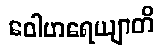
ဝေါဟရေယျာတိ